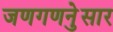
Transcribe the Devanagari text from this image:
जणगणनेुसार